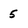
Character: 5